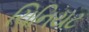
ચિનિયટ